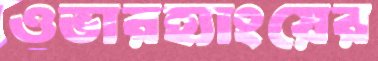
ওভারহ্যাংয়ের